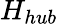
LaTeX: H_{hub}